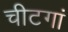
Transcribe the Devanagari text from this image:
चीटगां